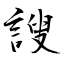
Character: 謏